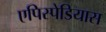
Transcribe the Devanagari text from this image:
एपिस्पेडियास